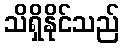
သိရှိနိုင်သည်